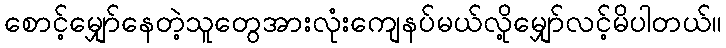
စောင့်မျှော်နေတဲ့သူတွေအားလုံးကျေနပ်မယ်လို့မျှော်လင့်မိပါတယ်။